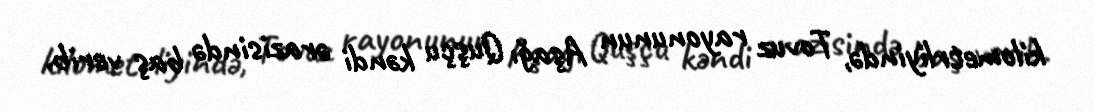
kilometrliyində, Tovuz rayonunun Aşağı Quşçu kəndi ərazisində baş verib.